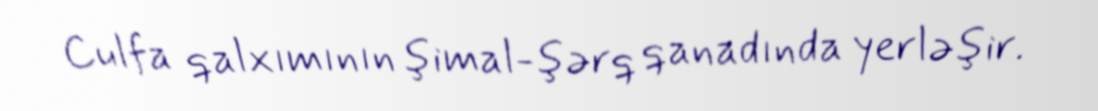
Culfa qalxımının şimal-şərq qanadında yerləşir.